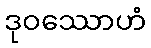
ဒုဝဿောဟံ